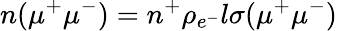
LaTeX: n(\mu^{+}\mu^{-})=n^{+}\rho_{e^{-}}l\sigma(\mu^{+}\mu^{-})